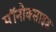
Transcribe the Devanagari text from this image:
मॉनोक्साइड